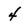
Character: 4